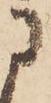
に